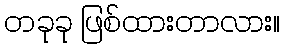
တခုခု ဖြစ်ထားတာလား။